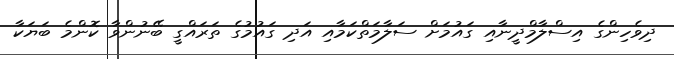
ދިވެހިންގެ އިސްލާމްދީނާއި ގައުމަށް ސަލާމަތްކަމާއި އަދި ގައުމުގެ ތަރައްގީ ބޭނުންވާ ކޮންމެ ބަޔަކާ